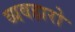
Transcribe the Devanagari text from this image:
व्यवहारो